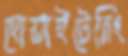
হোয়াইটেনিং